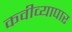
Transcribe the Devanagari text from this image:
कवीव्यापार